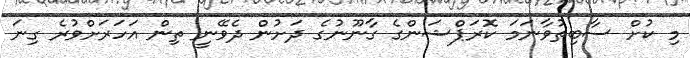
މި ކުށް ސާބިތުވާނަމަ ކޮރަޕްޝަންގެ ގާނޫނުގެ ދަށުން ދެވޭނީ ތިން އަހަރަށްވުރެ ގިނަ